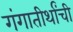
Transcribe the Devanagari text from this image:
गंगातीर्थांची